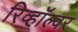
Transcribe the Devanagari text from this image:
रिव्हॉल्वर